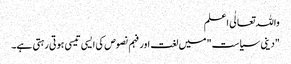
واللہ تعالٰی اعلم
"دینی سیاست" میں لغت اور فہم نصوص کی ایسی تیسی ہوتی رہتی ہے۔